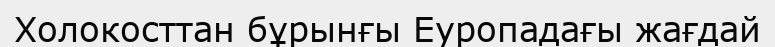
Холокосттан бұрынғы Еуропадағы жағдай